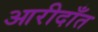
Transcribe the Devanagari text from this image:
आरीदाँत